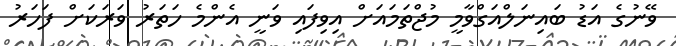
ވޭނުގެ އަޑު ބައިނަލްއަގްވާމީ މުޖްތަމައަށް އިވިފައި ވަނީ އެންމެ ހަތަރު ވަރަކަށް ފަހަރު